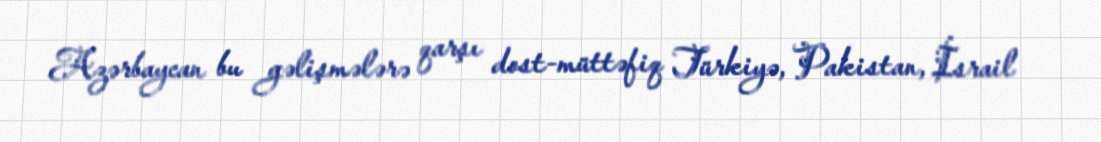
Azərbaycan bu gəlişmələrə qarşı dost-müttəfiq Türkiyə, Pakistan, İsrail